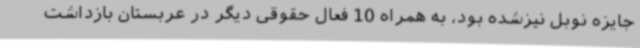
جایزه نوبل نیزشده بود، به همراه 10 فعال حقوقی دیگر در عربستان بازداشت